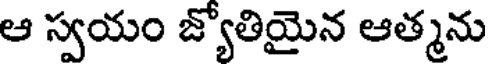
ఆ స్వయం జ్యోతియైన ఆత్మను